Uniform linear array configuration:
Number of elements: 12
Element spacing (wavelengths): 1
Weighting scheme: cosine
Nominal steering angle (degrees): -45
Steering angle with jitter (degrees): -45.911
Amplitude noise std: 0.05
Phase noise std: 0.05

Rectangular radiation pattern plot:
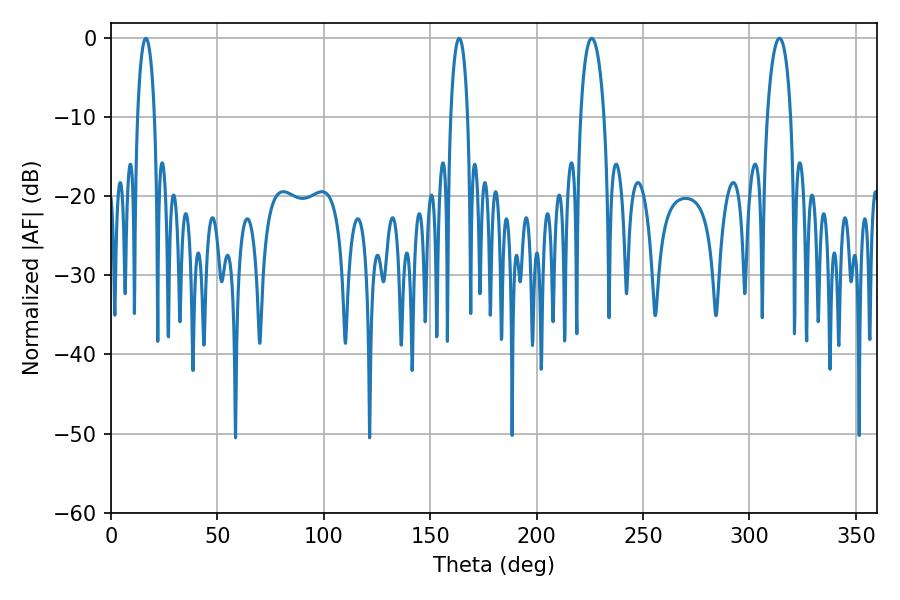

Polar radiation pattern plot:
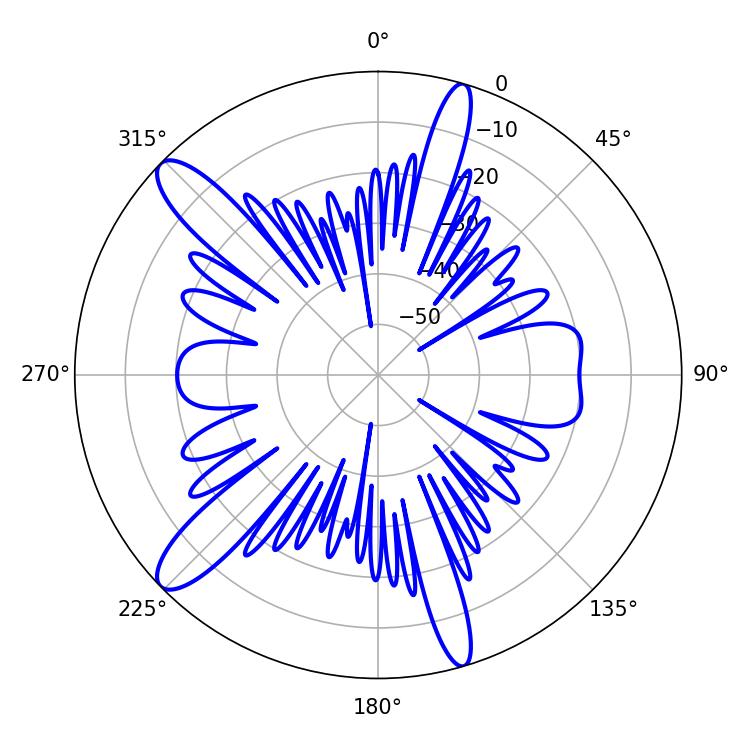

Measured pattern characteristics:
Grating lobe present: TRUE
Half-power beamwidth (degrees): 4.5
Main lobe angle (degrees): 16.38